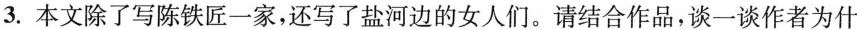
3.本文除了写陈铁匠一家,还写了盐河边的女人们。请结合作品,谈一谈作者为什